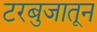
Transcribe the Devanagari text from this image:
टरबुजातून